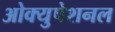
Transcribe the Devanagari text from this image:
ओक्युपेशनल